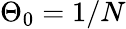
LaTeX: \Theta_{0}=1/N